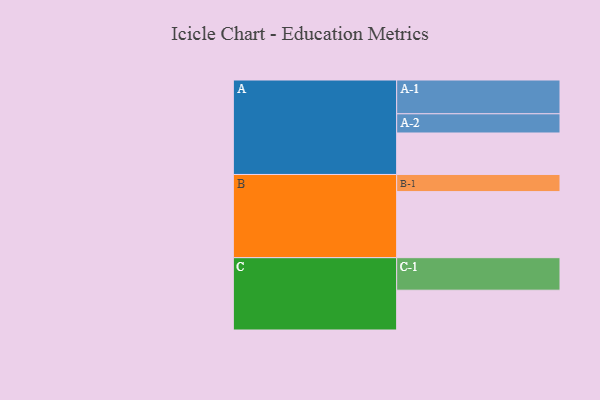
{"axis": {"x": "Segment", "y": "Value"}, "legend": ["", "A", "B", "C"], "data": [{"x": "A", "y": 324, "type": ""}, {"x": "B", "y": 516, "type": ""}, {"x": "C", "y": 311, "type": ""}, {"x": "A-1", "y": 264, "type": "A"}, {"x": "A-2", "y": 150, "type": "A"}, {"x": "B-1", "y": 134, "type": "B"}, {"x": "C-1", "y": 254, "type": "C"}]}